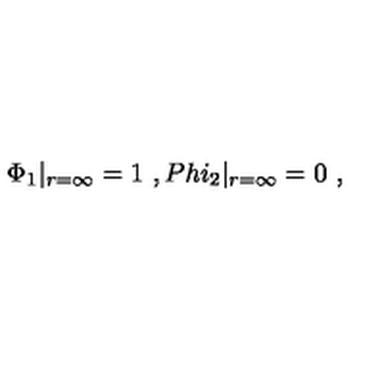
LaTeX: \Phi _ { 1 } | _ { r = \infty } = 1 \ , P h i _ { 2 } | _ { r = \infty } = 0 \ ,